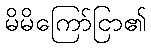
မိမိကြော်ငြာ၏